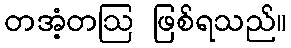
တအံ့တဩ ဖြစ်ရသည်။